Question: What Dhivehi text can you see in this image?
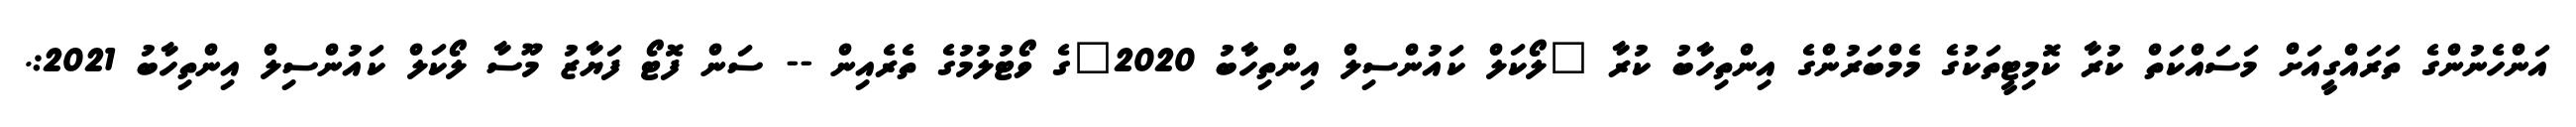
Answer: އަންހެނުންގެ ތަރައްގީއަށް މަސައްކަތް ކުރާ ކޮމިޓީތަކުގެ މެމްބަރުންގެ އިންތިހާބު ކުރާ "ލޯކަލް ކައުންސިލް އިންތިހާބު 2020"ގެ ވޯޓުލުމުގެ ތެރެއިން -- ސަން ފޮޓޯ ފަޔާޒު މޫސާ ލޯކަލް ކައުންސިލް އިންތިހާބު 2021:.